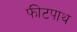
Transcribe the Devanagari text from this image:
फीटपाथ